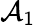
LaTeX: \mathcal{A}_{1}